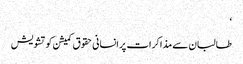
‘
طالبان سے مذاکرات پر انسانی حقوق کمیشن کو تشویش